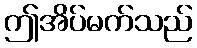
ဤအိပ်မက်သည်